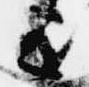
ミ